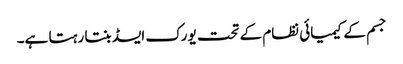
جسم کے کیمیائی نظام کے تحت یورک ایسڈ بنتا رہتا ہے۔